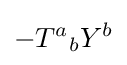
-{T^{a}}_{b}Y^{b}